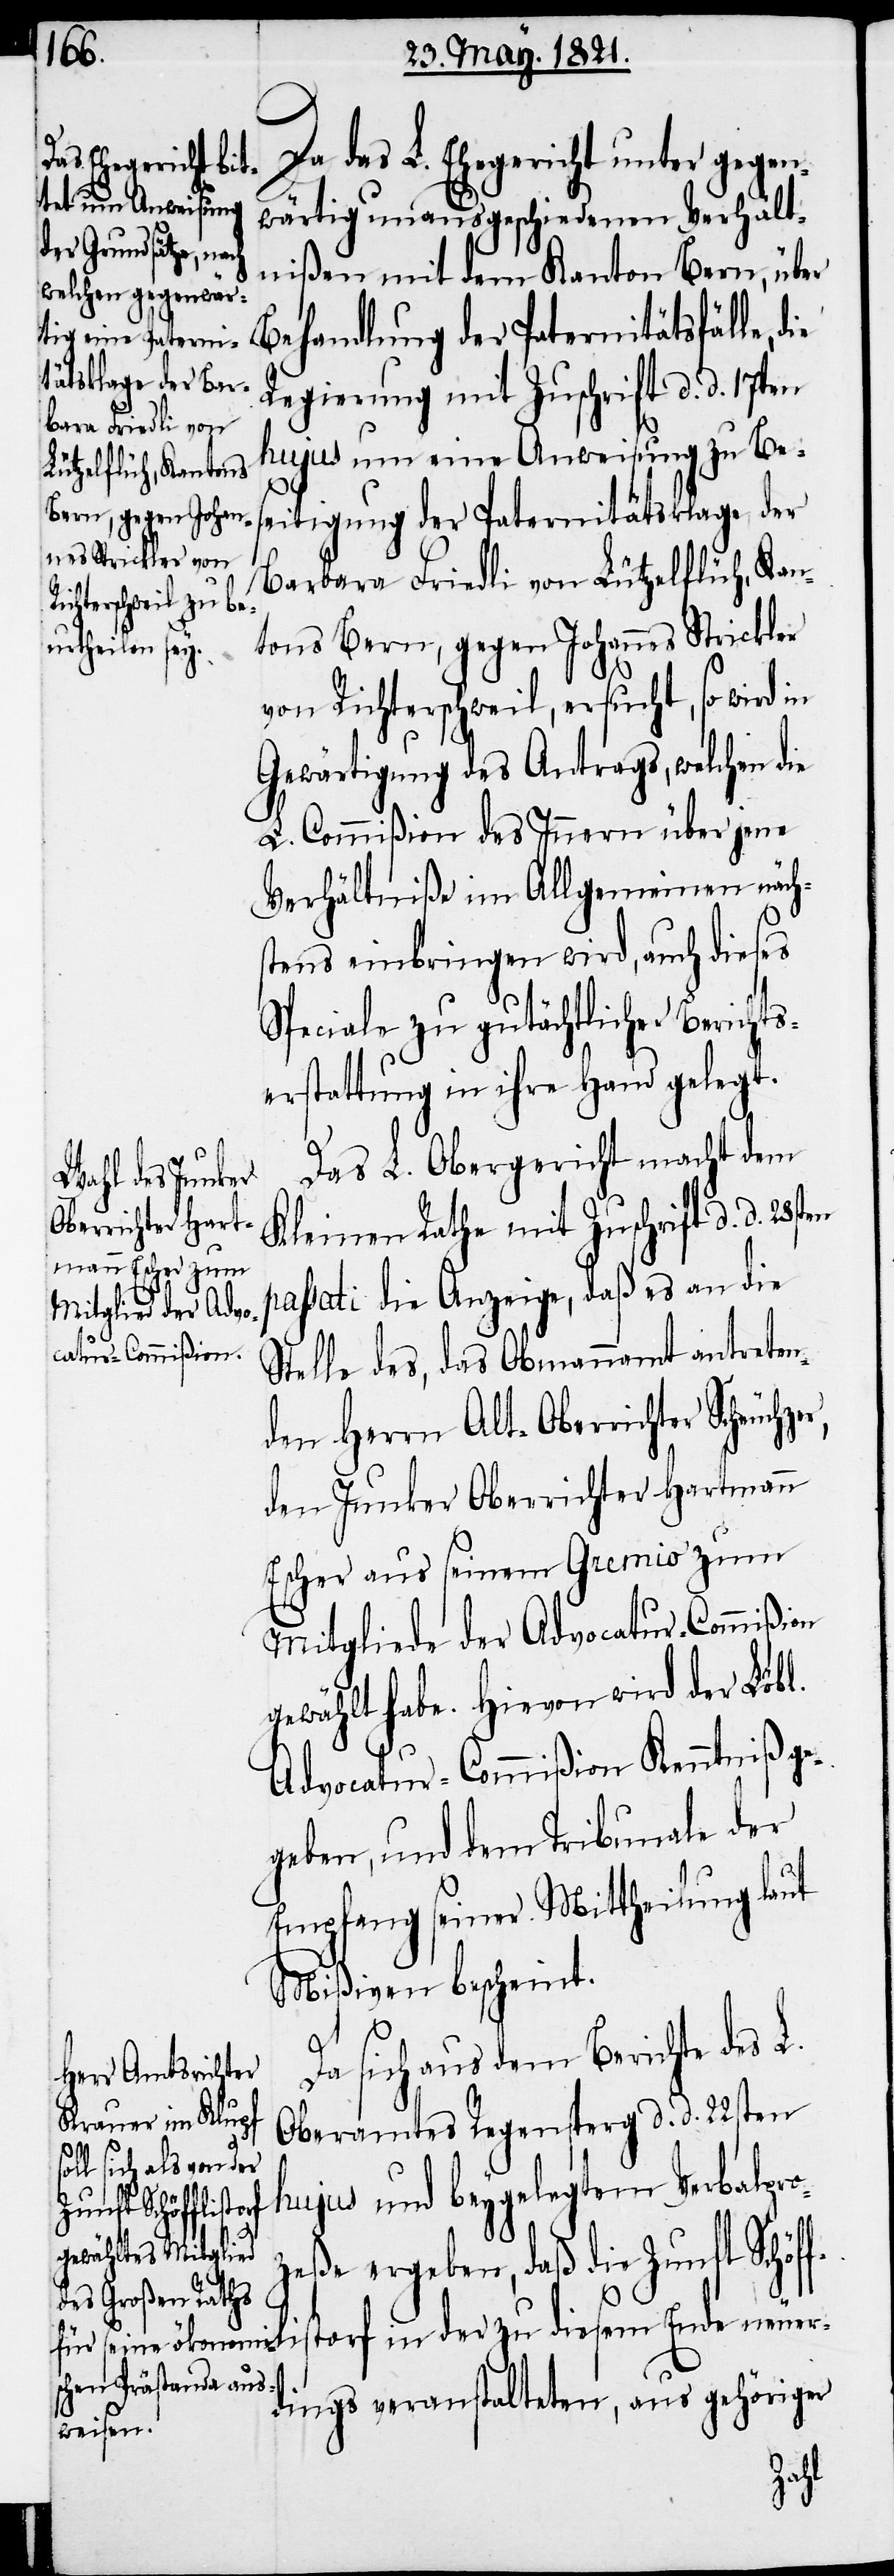
Da das L. Ehegericht unter gegen¬
wärtig unausgeschiedenen Verhält¬
nißen mit dem Kanton Bern, über
Behandlung der Paternitätsfälle,
Regierung mit Zuschrift d. d. 17sten
hujus um eine Anweisung zu Bes¬
eitigung der Paternitätsklage, der
Barbara Friedli von Lützelflüh, Kan¬
tons Bern, gegen Johannes Strickler
von Richterschweil, ersucht, so wird in
Gewärtigung des Antrags, welchen die
L. Commißion des Innern über jene
Verhältniße im Allgemeinen näch¬
tens einbringen wird, auch dieses
Speciale zu gutächtlicher Berichts¬
erstattung in ihre Hand gelegt.
Das L. Obergericht macht dem
Kleinen Rathe mit Zuschrift d. d. 28sten
assati die Anzeige, daß es an die
Stelle des, das Obmannamt antreten¬
den Herrn Alt-Oberrichter Scheuch¬
den Junker Oberrichter Hartmann
Escher aus seinem Gremio zum
Mitgliede der Advocatur-Commißion
gewählt habe. Hievon wird der Löbl.
Advocatur-Commißion Kenntniß ge¬
geben, und dem Tribunale der
Empfang seiner Mittheilung laut
Mißiven bescheint.
Da sich aus dem Berichte des L.
Oberamtes Regensperg d. d. 22sten
hujus und beygelegtem Verbalpr¬
zeße ergeben, daß die Zunft Schöf¬
torf in der zu diesem Ende neuer¬
dings veranstalteten, aus gehöriger
is¬